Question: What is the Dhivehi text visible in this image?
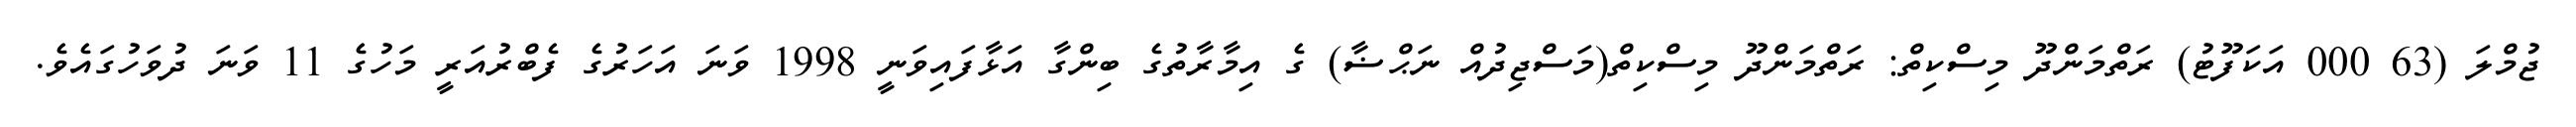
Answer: ޖުމްލަ (63 000 އަކަފޫޓު) ރަތްމަންދޫ މިސްކިތް: ރަތްމަންދޫ މިސްކިތް(މަސްޖިދުއް ނަޙްޟާ) ގެ އިމާރާތުގެ ބިންގާ އަޅާފައިވަނީ 1998 ވަނަ އަހަރުގެ ފެބްރުއަރީ މަހުގެ 11 ވަނަ ދުވަހުގައެވެ.